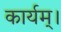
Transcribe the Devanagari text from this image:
कार्यम्।